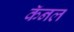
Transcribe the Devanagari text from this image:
कॅनल